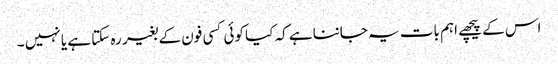
اس کے پیچھے اہم بات یہ جاننا ہے کہ کیا کوئی کسی فون کے بغیر رہ سکتا ہے یا نہیں ۔